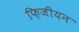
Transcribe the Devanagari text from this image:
फ़िजीयन